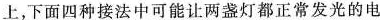
上，下面四种接法中可能让两盏灯都正常发光的电